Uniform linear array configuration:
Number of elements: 32
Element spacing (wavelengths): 0.75
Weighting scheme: hann
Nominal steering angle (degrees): -15
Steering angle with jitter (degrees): -14.996
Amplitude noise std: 0.05
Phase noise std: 0.05

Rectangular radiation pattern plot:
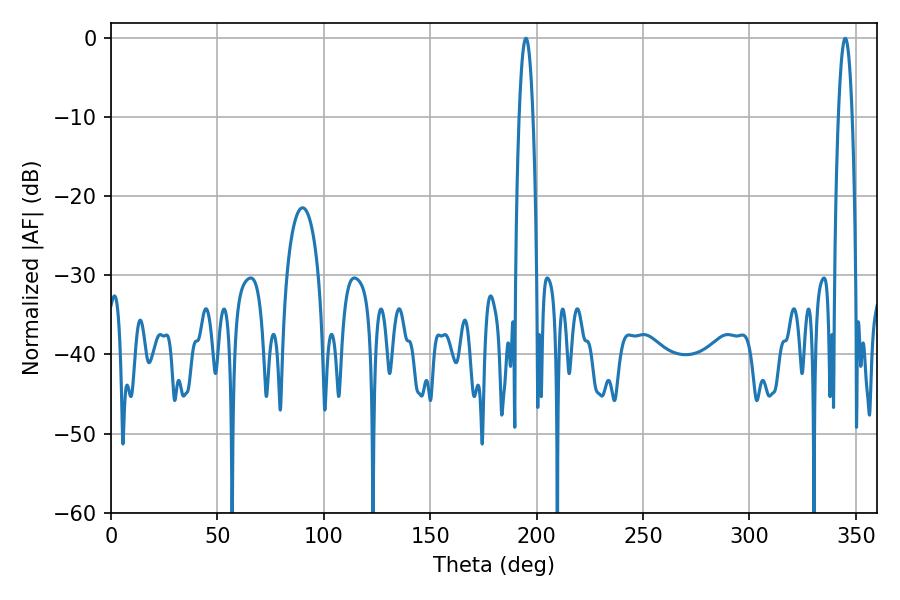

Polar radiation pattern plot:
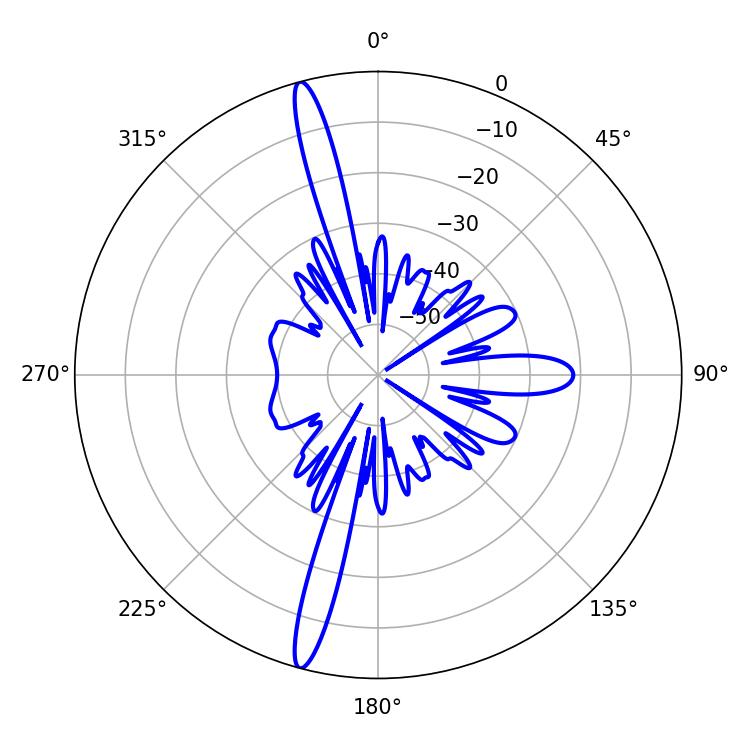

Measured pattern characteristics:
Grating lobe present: TRUE
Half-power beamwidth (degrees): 3.6
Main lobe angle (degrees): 194.94